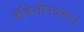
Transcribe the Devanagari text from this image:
बॅबिलोनवरून